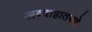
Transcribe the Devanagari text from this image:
अव्याहातपणे